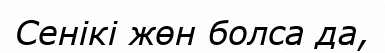
Сенікі жөн болса да,